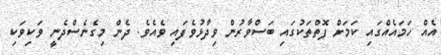
އެއް ހަމައެއްގައި ކަމަށް ފޮތްތަކުގައި ބަސްވާރުން ވިދާޅުވެފައި ވެއެވެ. ދެން މިގެނެސްދެނީ ވަކިވަކި